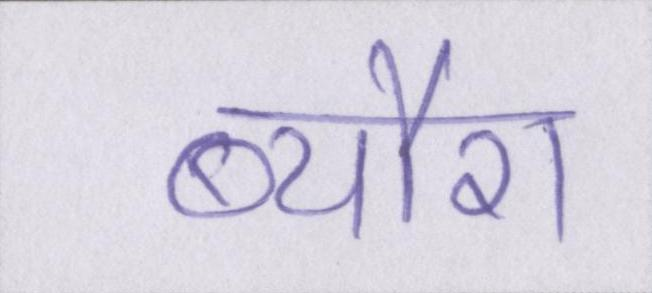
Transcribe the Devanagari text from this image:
ब्यौरा